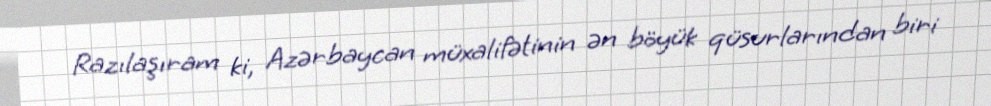
Razılaşıram ki, Azərbaycan müxalifətinin ən böyük qüsurlarından biri